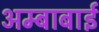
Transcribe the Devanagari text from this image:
अम्बाबाई